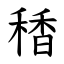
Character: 䅨